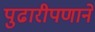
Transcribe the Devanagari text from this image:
पुढारीपणाने